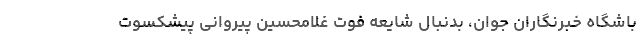
باشگاه خبرنگاران جوان، بدنبال شایعه فوت غلامحسین پیروانی پیشکسوت